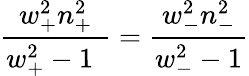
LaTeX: \frac{w_{+}^{2}n_{+}^{2}}{w_{+}^{2}-1\ \, }=\frac{w_{-}^{2}n_{-}^{2}}{w_{-}^{2}-1}